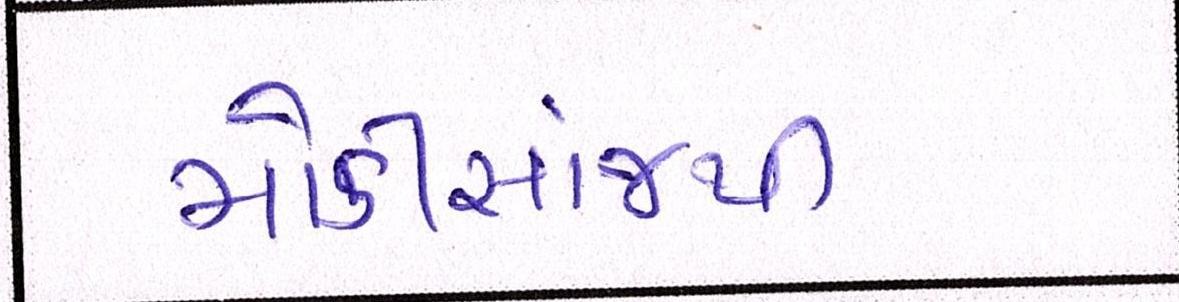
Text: મોડીસાંજથી